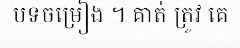
បទចម្រៀង ។ គាត់ ត្រូវ គេ